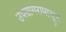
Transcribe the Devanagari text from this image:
उपसागरापासून